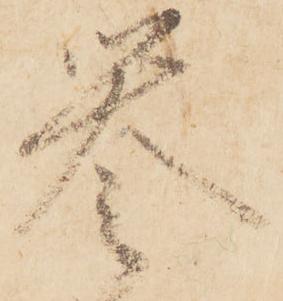
誉